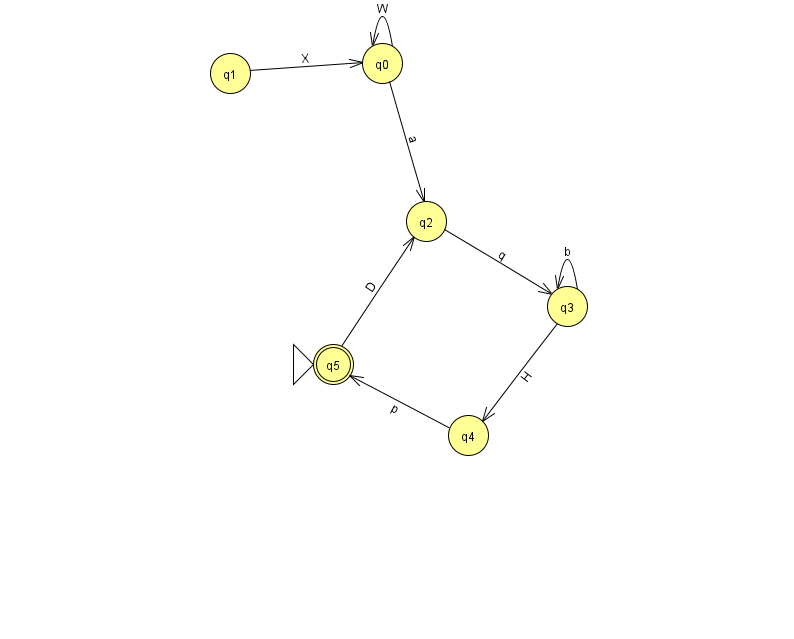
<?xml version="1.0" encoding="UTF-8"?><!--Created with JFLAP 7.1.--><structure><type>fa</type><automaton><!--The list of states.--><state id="0" name="q0"><x>382.0</x><y>50.0</y></state><state id="1" name="q1"><x>230.0</x><y>60.0</y></state><state id="2" name="q2"><x>426.0</x><y>208.0</y></state><state id="3" name="q3"><x>567.0</x><y>293.0</y></state><state id="4" name="q4"><x>468.0</x><y>422.0</y></state><state id="5" name="q5"><x>333.0</x><y>351.0</y><initial/><final/></state><!--The list of transitions.--><transition><from>3</from><to>4</to><read>H</read></transition><transition><from>3</from><to>3</to><read>b</read></transition><transition><from>0</from><to>0</to><read>W</read></transition><transition><from>2</from><to>3</to><read>q</read></transition><transition><from>1</from><to>0</to><read>X</read></transition><transition><from>5</from><to>2</to><read>D</read></transition><transition><from>0</from><to>2</to><read>a</read></transition><transition><from>4</from><to>5</to><read>p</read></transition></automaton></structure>